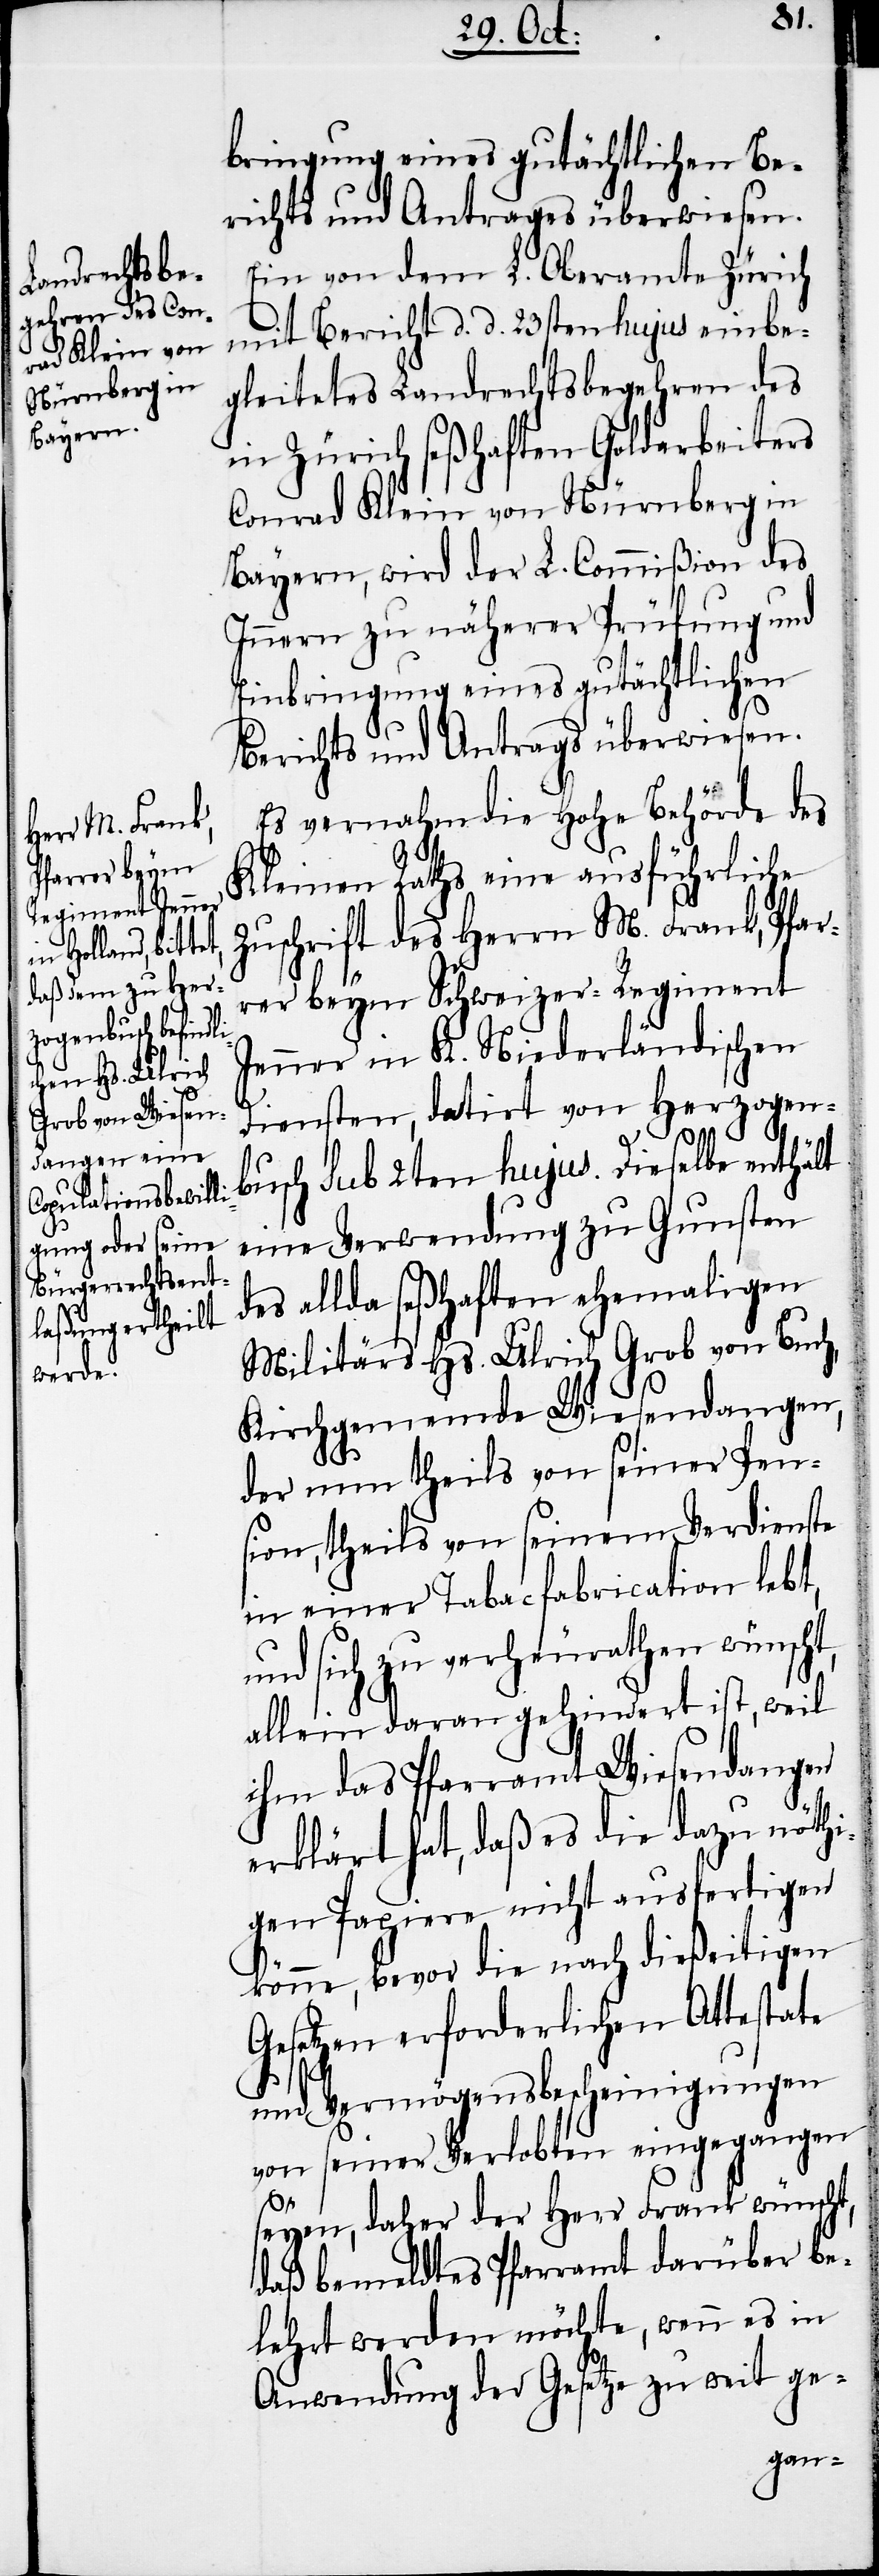
bringung eines gutächtlichen Be¬
richts und Antrages überwiesen.
Ein von dem L. Oberamte Zürich
mit Bericht d. d. 23sten hujus einbe¬
gleitetes Landrechtsbegehren des
in Zürich seßhaften Goldarbeiters
Conrad Klein von Nürnberg in
Bayern, wird der L. Commißion des
Innern zu näherer Prüfung und
Einbringung eines gutächtlichen
Berichts und Antrags überwiesen.
Es vernahm die Hohe Behörde des
Kleinen Raths eine ausführliche
Zuschrift des Herrn M. Frank, Pfar¬
rer beym Schweizer-Regiment
Jenner in K. Niederländischen
Diensten, datirt von Herzogen¬
buch sub 2ten hujus. Dieselbe enthält
eine Verwendung zu Gunsten
des allda seßhaften ehemaligen
Militärs Hs. Ulrich Grob von Buch,
Kirchgemeinde Wiesendangen,
der nun theils von seiner Pen¬
sion, theils von seinem Verdienste
in einer Tabacfabrication lebt,
und sich zu verheurathen wünscht,
allein daran gehindert ist, weil
ihm das Pfarramt Wiesendangen
erklärt hat, daß es die dazu nöthi¬
gen Papiere nicht ausfertigen
könne, bevor die nach dießeitigen
Gesetzen erforderlichen Attestate
und Vermögensbescheinigungen
von seiner Verlobten eingegangen
seyen, daher der Herr Frank wünscht,
daß bemeldtes Pfarramt darüber be¬
lehrt werden möchte, wenn es in
Anwendung der Gesetze zu weit ge-